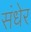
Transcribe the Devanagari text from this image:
संधेर